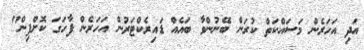
އަދި އަހަރެން މަސައްކަތް ކުރަން ބޭނުންވާ ބައެއް ޑައިރެކްޓަރުން އަހަރެން ފާހަގަ ކޮށްފިން"